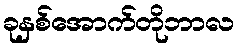
ခုနှစ်အောက်တိုဘာလ